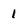
Character: 1